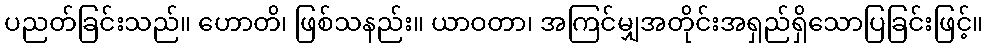
ပညတ်ခြင်းသည်။ ဟောတိ၊ ဖြစ်သနည်း။ ယာဝတာ၊ အကြင်မျှအတိုင်းအရှည်ရှိသောပြခြင်းဖြင့်။